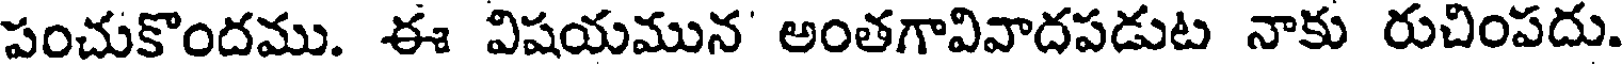
పంచుకొందము. ఈ విషయమున' అంతగావివాదపడుట నాకు రుచింపదు.